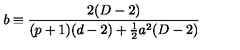
b \equiv \frac { 2 ( D - 2 ) } { ( p + 1 ) ( d - 2 ) + \frac { 1 } { 2 } a ^ { 2 } ( D - 2 ) }